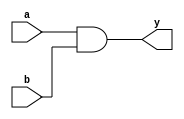
module and_gate(a, b, y);
input a, b;
output y;
and andg(y, a, b );
endmodule

module testand;
reg a, b;
wire y;
and_gate andg(a, b, y);
initial
begin
	$dumpfile("test.vcd");
	$dumpvars(0,testand);
	a = 1'b0; b = 1'b0;
	#20
	a = 1'b0; b = 1'b1;
	#20
	a = 1'b1; b = 1'b0;
	#20
	a = 1'b1; b = 1'b1;
	#20
	$finish;
end
endmodule